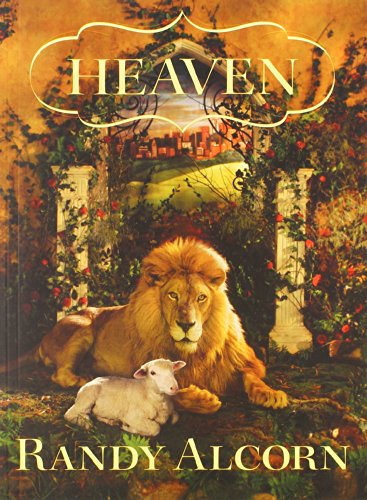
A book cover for Heaven (Christian Growth Study Plan) [Workbook]; Randy Alcorn; Christian Books & Bibles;